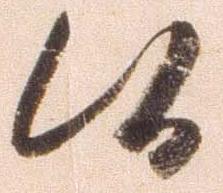
候